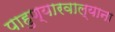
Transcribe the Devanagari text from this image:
पाहुण्यारवाल्याना